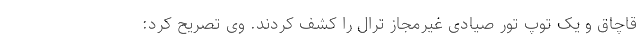
قاچاق و یک توپ تور صیادی غیرمجاز ترال را کشف کردند. وی تصریح کرد: